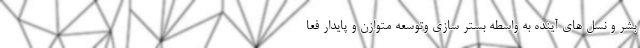
بشر و نسل های آینده به واسطه بستر سازی وتوسعه متوازن و پایدار فعا